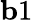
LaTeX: {\mathbf b1}